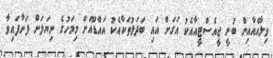
ވިލާއެއާއިން ބުނީ ޖީއެސްޓީއާއެކު އަގަށް އައި ބަދަލުތަކާއެކު އައްޑޫއަށް މިމަހުގެ ނިޔަލަށް ފަށާފައިވާ